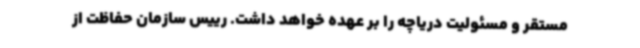
مستقر و مسئولیت دریاچه را بر عهده خواهد داشت. ‌رییس سازمان حفاظت از